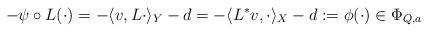
LaTeX: \begin{align*}-\psi \circ L (\cdot) = -\langle v, L\cdot \rangle_Y -d =-\langle L^* v,\cdot\rangle_X -d :=\phi (\cdot) \in \Phi_{Q,a}\end{align*}